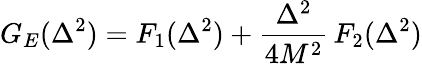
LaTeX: G_{E}(\Delta^{2})=F_{1}(\Delta^{2})+\frac{\Delta^{2}}{4M^{2}}\, F_{2}(\Delta^{2})